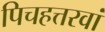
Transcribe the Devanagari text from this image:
पिचहत्तरवां